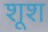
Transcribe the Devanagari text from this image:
शूश